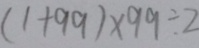
( 1 + 9 9 ) \times 9 9 \div 2